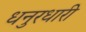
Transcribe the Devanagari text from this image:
धनुरधारी